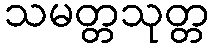
သမတ္တသုတ္တ